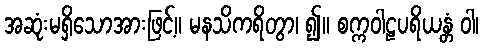
အဆုံးမရှိသောအားဖြင့်။ မနသိကရိတွာ၊ ၍။ စက္ကဝါဠပရိယန္တံ ဝါ၊